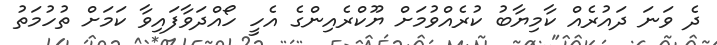
ދެ ވަނަ ދައުރެއް ކާމިޔާބު ކުރެއްވުމަށް ޔޫކްރެއިންގެ އެހީ ހޯއްދަވާފައިވާ ކަމަށް ތުހުމަތު